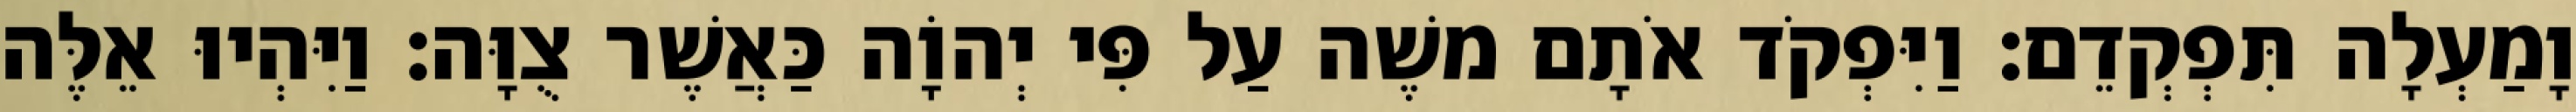
וָמַעְלָה תִּפְקְדֵם׃ וַיִּפְקֹד אֹתָם משֶׁה עַל פִּי יְהוָֹה כַּאֲשֶׁר צֻוָּה׃ וַיִּהְיוּ אֵלֶּה